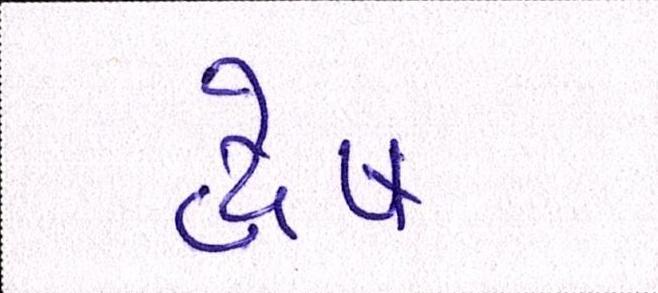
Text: દ્વેષ